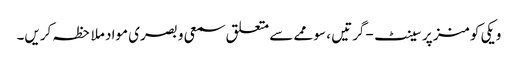
ویکی کومنز پر سینٹ-گرتیں ، سوممے سے متعلق سمعی و بصری مواد ملاحظہ کریں۔